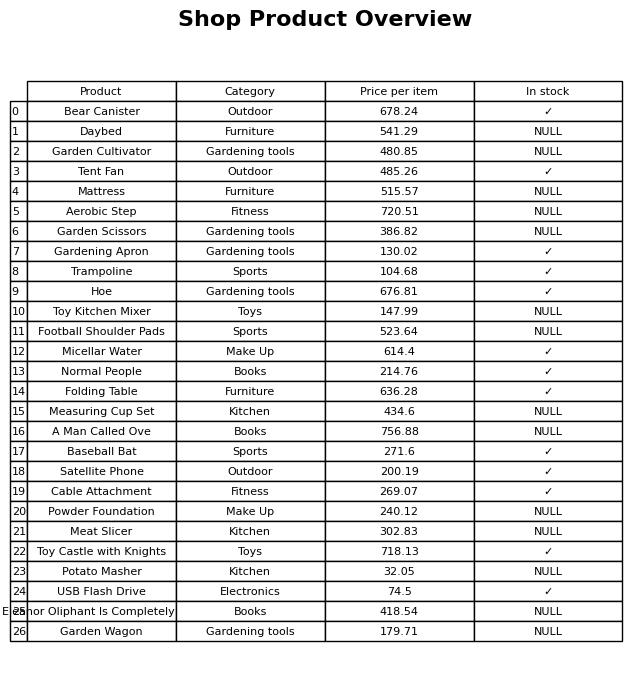
question: What category does the Garden Wagon belong to?
answer: Gardening tools